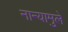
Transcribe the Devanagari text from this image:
नान्यामुले